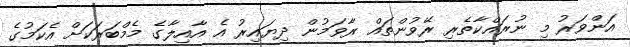
އަންވަރު މި ނުރައްކާތެރި ރޭވުންތައް ރާވަމުން ދިޔައިރު އެ އާއިލާގެ މެމްބަރަކަށް އެކަމުގެ